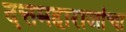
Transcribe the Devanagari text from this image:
दत्तमहाराजांचा